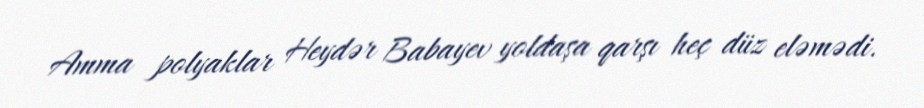
Amma polyaklar Heydər Babayev yoldaşa qarşı heç düz eləmədi.